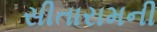
સીતારામની